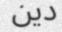
دين